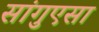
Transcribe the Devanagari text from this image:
सांगुएसा